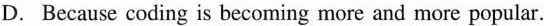
D. because coding is becoming more and more popular